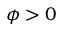
\phi > 0